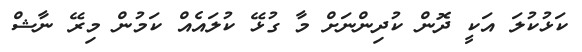
ކަޅުކުލަ އަކީ ދޮން ކުދިންނަށް މާ ގުޅޭ ކުލައެއް ކަމުން މިރޭ ނާޝް